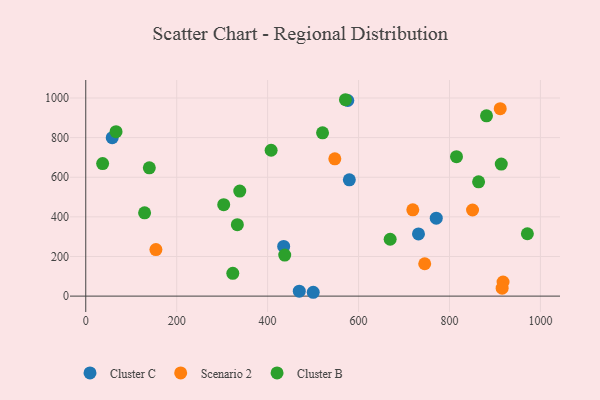
{"axis": {"x": "Ad Spend", "y": "Yield"}, "legend": ["Cluster B", "Cluster C", "Scenario 2"], "data": [{"x": "576.3", "y": 987.4, "type": "Cluster C"}, {"x": "500.3", "y": 19.4, "type": "Cluster C"}, {"x": "435.3", "y": 250.8, "type": "Cluster C"}, {"x": "731.8", "y": 314.1, "type": "Cluster C"}, {"x": "469.6", "y": 24.8, "type": "Cluster C"}, {"x": "579.7", "y": 587.1, "type": "Cluster C"}, {"x": "58.2", "y": 799.9, "type": "Cluster C"}, {"x": "770.9", "y": 393.2, "type": "Cluster C"}, {"x": "154.3", "y": 234.9, "type": "Scenario 2"}, {"x": "911.6", "y": 946.1, "type": "Scenario 2"}, {"x": "745.5", "y": 163.5, "type": "Scenario 2"}, {"x": "547.8", "y": 693.2, "type": "Scenario 2"}, {"x": "917.8", "y": 71.2, "type": "Scenario 2"}, {"x": "915.8", "y": 40.0, "type": "Scenario 2"}, {"x": "850.7", "y": 434.8, "type": "Scenario 2"}, {"x": "719.3", "y": 435.8, "type": "Scenario 2"}, {"x": "407.7", "y": 736.4, "type": "Cluster B"}, {"x": "139.8", "y": 647.4, "type": "Cluster B"}, {"x": "303.4", "y": 461.6, "type": "Cluster B"}, {"x": "323.4", "y": 115.0, "type": "Cluster B"}, {"x": "437.6", "y": 207.4, "type": "Cluster B"}, {"x": "338.7", "y": 530.0, "type": "Cluster B"}, {"x": "669.5", "y": 287.1, "type": "Cluster B"}, {"x": "815.4", "y": 703.7, "type": "Cluster B"}, {"x": "881.4", "y": 910.0, "type": "Cluster B"}, {"x": "37.1", "y": 669.1, "type": "Cluster B"}, {"x": "333.4", "y": 360.4, "type": "Cluster B"}, {"x": "571.2", "y": 991.3, "type": "Cluster B"}, {"x": "913.9", "y": 666.3, "type": "Cluster B"}, {"x": "864.0", "y": 576.8, "type": "Cluster B"}, {"x": "129.4", "y": 420.5, "type": "Cluster B"}, {"x": "971.3", "y": 314.9, "type": "Cluster B"}, {"x": "66.6", "y": 830.2, "type": "Cluster B"}, {"x": "520.8", "y": 824.3, "type": "Cluster B"}]}